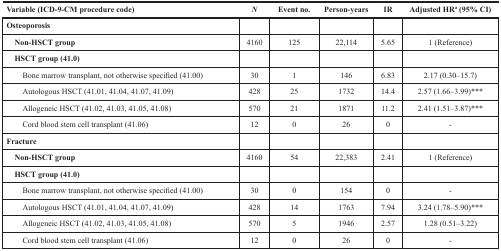
| Variable (ICD-9-CM procedure code) | N | Event no. | Person-years | IR | Adjusted HRa (95% CI) |
 | --- | --- | --- | --- | --- | --- |
 | Osteoporosis |  |  |  |  |  |
 | Non-HSCT group | 4160 | 125 | 22,114 | 5.65 | 1 (Reference) |
 | HSCT group (41.0) |  |  |  |  |  |
 | Bone marrow transplant, not otherwise specified (41.00) | 30 | 1 | 146 | 6.83 | 2.17 (0.30–15.7) |
 | Autologous HSCT (41.01, 41.04, 41.07, 41.09) | 428 | 25 | 1732 | 14.4 | 2.57 (1.66–3.99)*** |
 | Allogeneic HSCT (41.02, 41.03, 41.05, 41.08) | 570 | 21 | 1871 | 11.2 | 2.41 (1.51–3.87)*** |
 | Cord blood stem cell transplant (41.06) | 12 | 0 | 26 | 0 | - |
 | Fracture |  |  |  |  |  |
 | Non-HSCT group | 4160 | 54 | 22,383 | 2.41 | 1 (Reference) |
 | HSCT group (41.0) |  |  |  |  |  |
 | Bone marrow transplant, not otherwise specified (41.00) | 30 | 0 | 154 | 0 | - |
 | Autologous HSCT (41.01, 41.04, 41.07, 41.09) | 428 | 14 | 1763 | 7.94 | 3.24 (1.78–5.90)*** |
 | Allogeneic HSCT (41.02, 41.03, 41.05, 41.08) | 570 | 5 | 1946 | 2.57 | 1.28 (0.51–3.22) |
 | Cord blood stem cell transplant (41.06) | 12 | 0 | 26 | 0 | - |